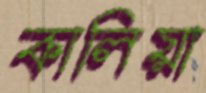
কালিয়া